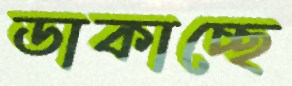
ডাকাচ্ছে